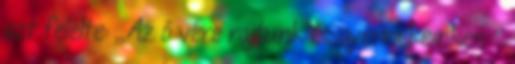
azt felelte: ,,Az ő vére rajtunk és gyermekeinken ''